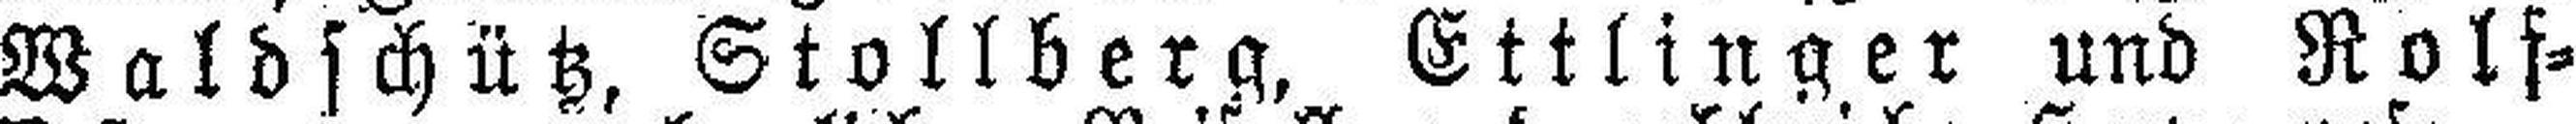
Waldschütz, Stollberg, Ettlinger und Rolf¬